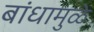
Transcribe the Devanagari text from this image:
बांधामुळे